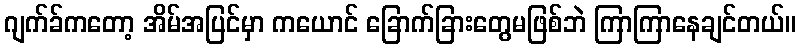
ဂျက်ခ်ကတော့ အိမ်အပြင်မှာ ကယောင် ခြောက်ခြားတွေမဖြစ်ဘဲ ကြာကြာနေချင်တယ်။